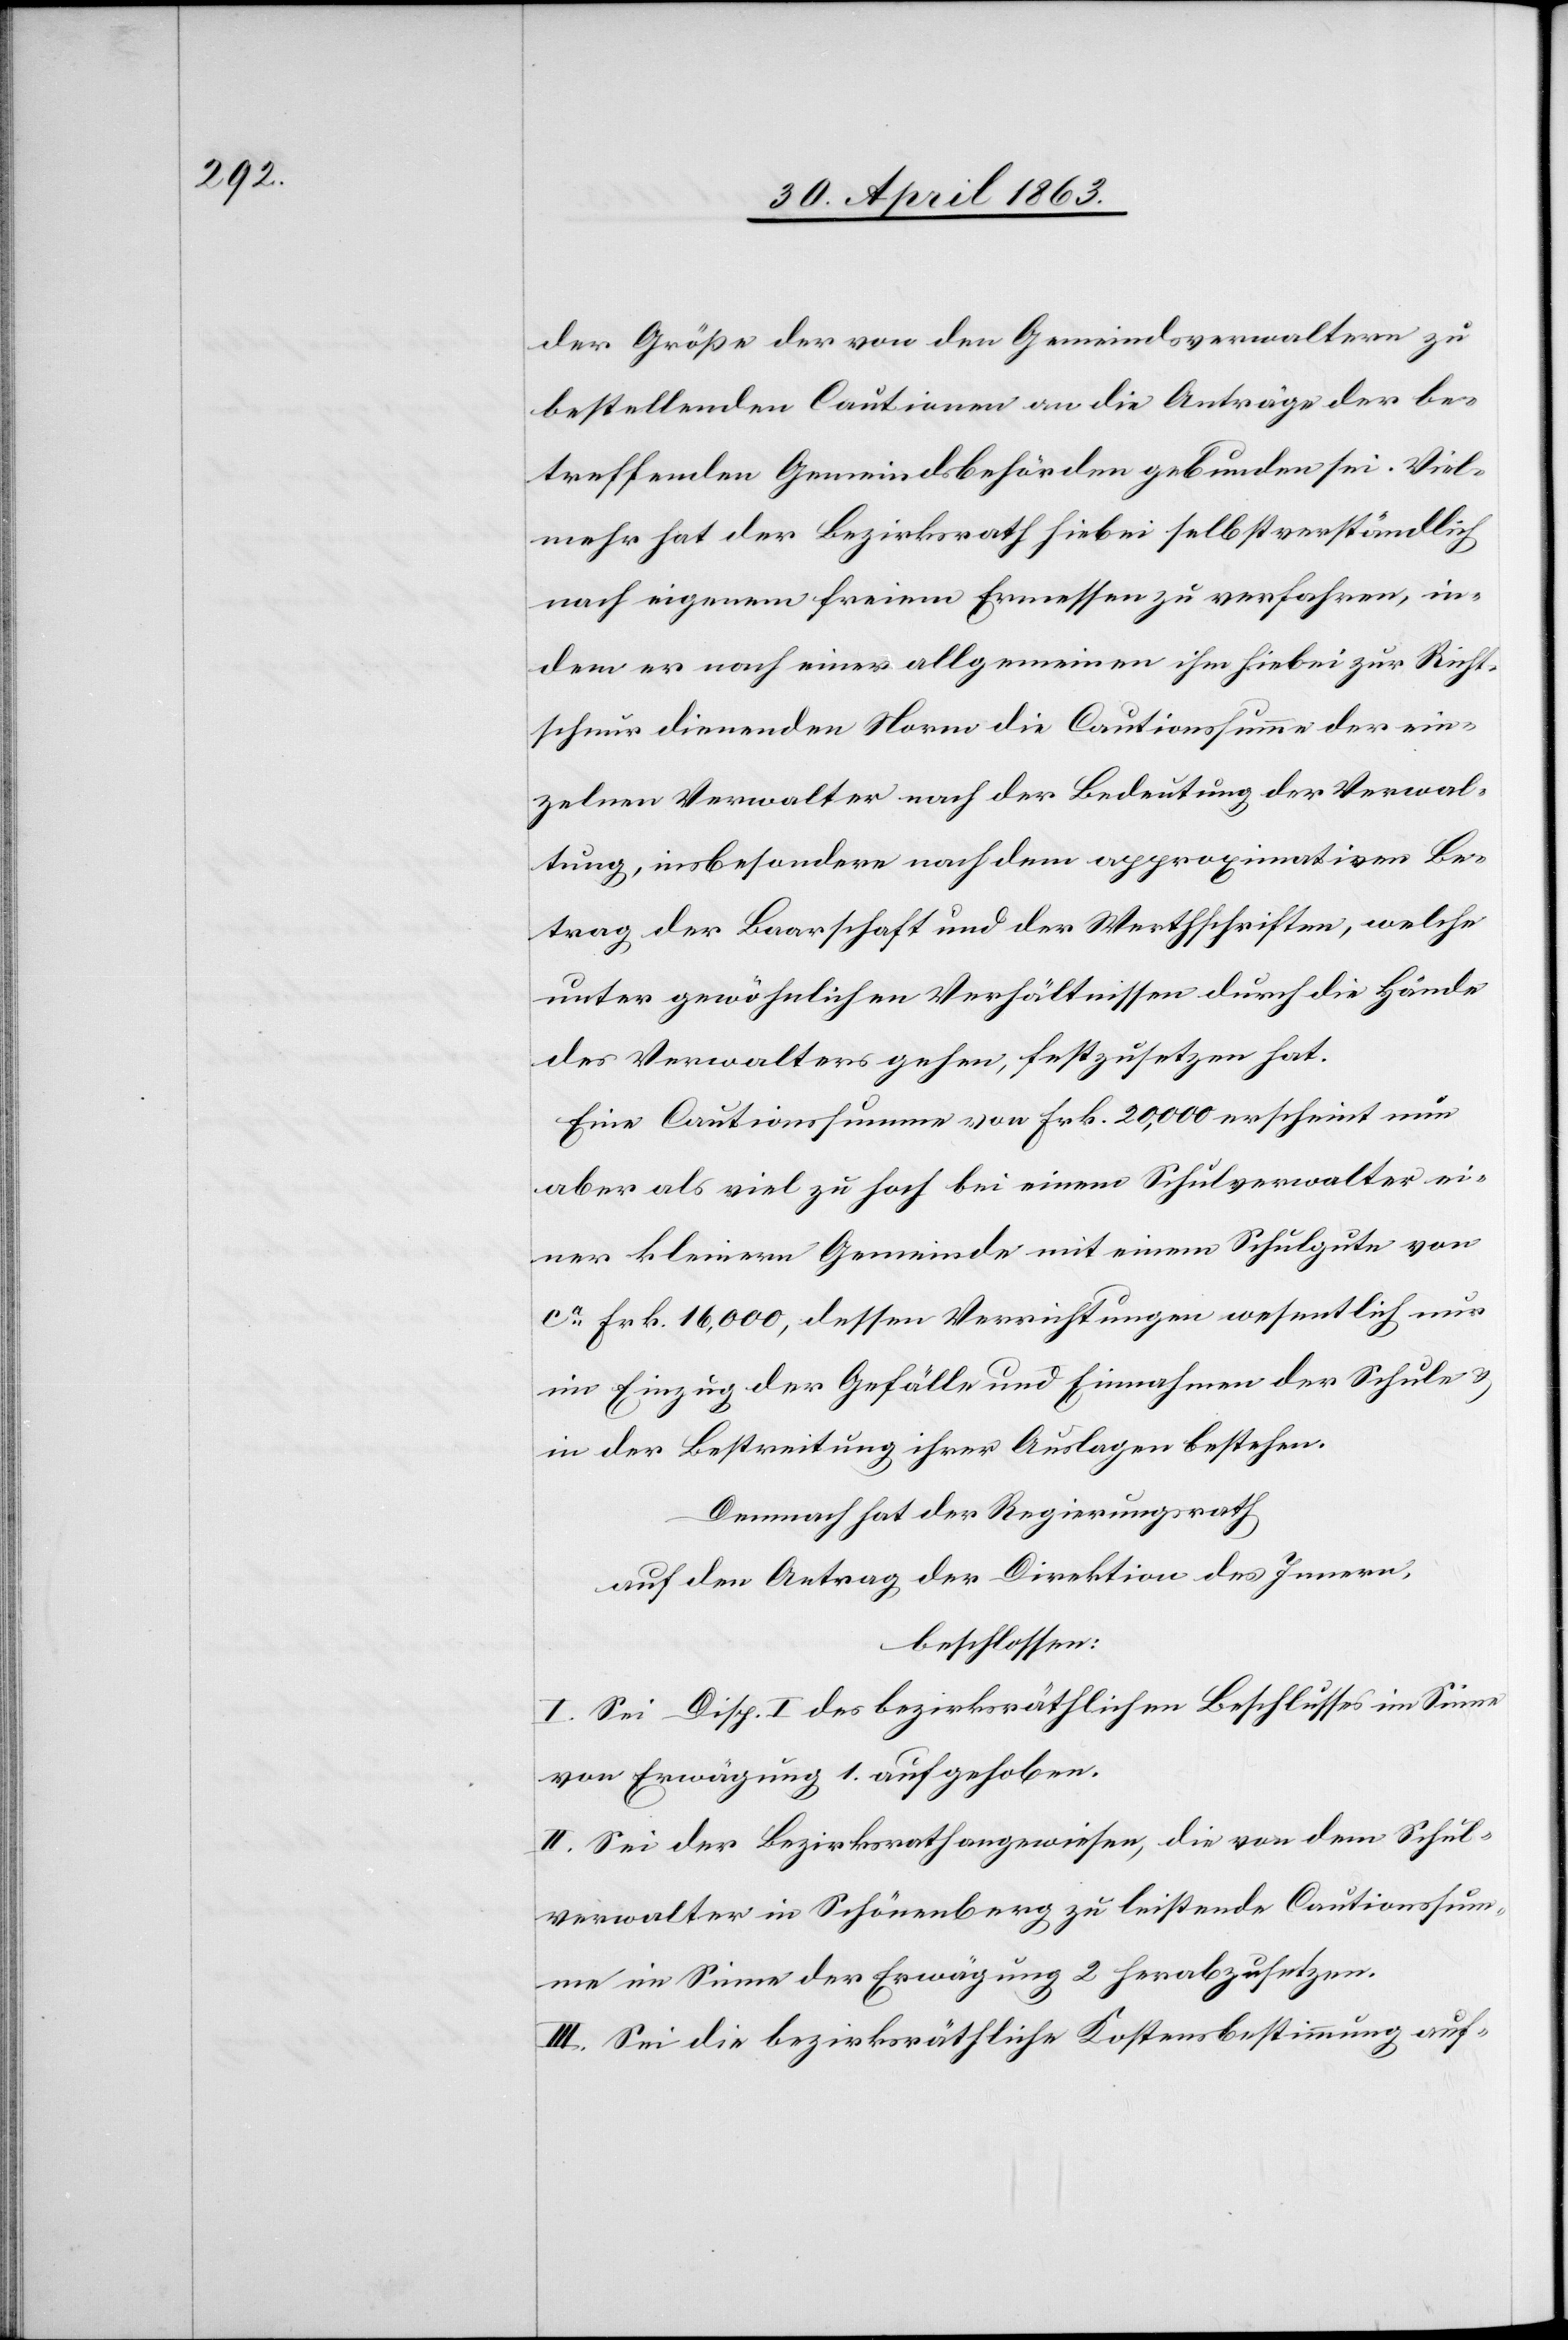
der Größe der von den Gemeindsverwaltern zu
bestellenden Cautionen an die Anträge der be¬
treffenden Gemeindsbehörden gebunden sei. Viel¬
mehr hat der Bezirksrath hiebei selbstverständlich
nach eigenem freiem Ermessen zu verfahren, in¬
dem er nach einer allgemeinen ihm hiebei zur Richt¬
schnur dienenden Norm die Cautionssumme der ein¬
zelnen Verwalter nach der Bedeutung der Verwal¬
tung, insbesondere nach dem approximativen Be¬
trag der Baarschaft und der Werthschriften, welche
unter gewöhnlichen Verhältnissen durch die Hände
des Verwalters gehen, festzusetzen hat.
Eine Cautionssumme von Frk. 20,000 erscheint nun
aber als viel zu hoch bei einem Schulverwalter ei¬
ner kleinern Gemeinde mit einem Schulgute von
ca Frk. 16,000, dessen Verrichtungen wesentlich nur
im Einzug der Gefälle und Einnahmen der Schule &
in der Bestreitung ihrer Auslagen bestehen.
Demnach hat der Regierungsrath
auf den Antrag der Direktion des Innern,
beschlossen:
I. Sei Disp. I des bezirksräthlichen Beschlusses im Sinne
von Erwägung 1. aufgehoben.
II. Sei der Bezirksrath angewiesen, die von dem Schul¬
verwalter in Schönenberg zu leistende Cautionssum¬
me im Sinne der Erwägung 2 herabzusetzen.
III. Sei die bezirksräthliche Kostensbestimmung auf-